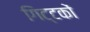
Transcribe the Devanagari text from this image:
गिट्टकों